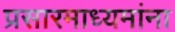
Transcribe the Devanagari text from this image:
प्रसारमाध्यमांना